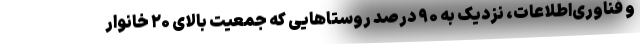
و فناوری‌اطلاعات، نزدیک به ۹۰ درصد روستاهایی که جمعیت بالای ۲۰ خانوار